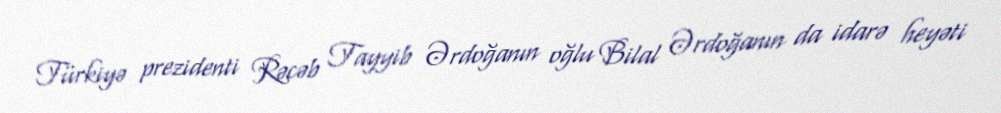
Türkiyə prezidenti Rəcəb Tayyib Ərdoğanın oğlu Bilal Ərdoğanın da idarə heyəti